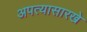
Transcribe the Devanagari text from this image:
अपत्यासारखे